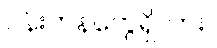
ပန်းကန်တွေရှိလား။